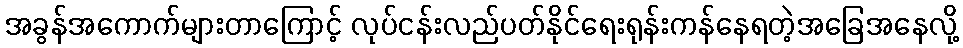
အခွန်အကောက်များတာကြောင့် လုပ်ငန်းလည်ပတ်နိုင်ရေးရုန်းကန်နေရတဲ့အခြေအနေလို့